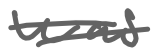
Text: was
Cross-out: double-line
Writing tool: digital_gray